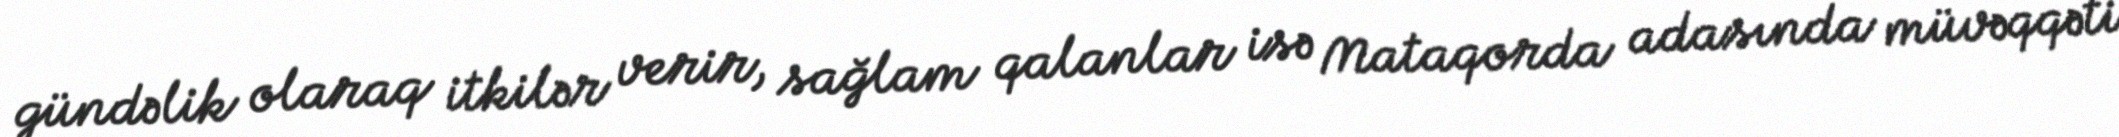
gündəlik olaraq itkilər verir, sağlam qalanlar isə Mataqorda adasında müvəqqəti